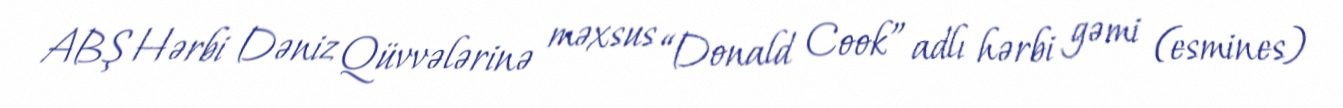
ABŞ Hərbi Dəniz Qüvvələrinə məxsus “Donald Cook” adlı hərbi gəmi (esmines)